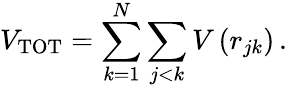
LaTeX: V_{\mathrm{TOT}}=\sum_{k=1}^{N}\sum_{j<k}V\left(r_{jk}\right)\, .